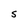
Character: S